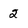
Character: 2